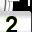
Digit: 2